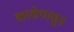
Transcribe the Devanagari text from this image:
काचेपासुन